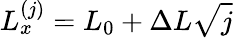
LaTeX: L_{x}^{(j)}=L_{0}+\Delta L\sqrt{j}